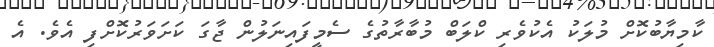
ކާމިޔާބުކޮށް މުލަކު އެކުވެރި ކްލަބް މުބާރާތުގެ ސެމީފައިނަލުން ޖާގަ ކަށަވަރުކޮށްފި އެވެ. އެ